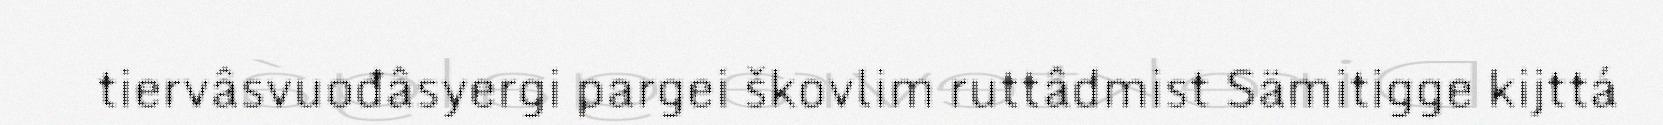
tiervâsvuođâsyergi pargei škovlim ruttâdmist Sämitigge kijttá